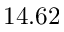
1 4 . 6 2